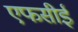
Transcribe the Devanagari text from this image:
एफसीई